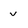
Character: v